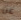
عن